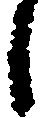
し